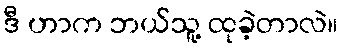
ဒီ ဟာက ဘယ်သူ့ ထုခဲ့တာလဲ။